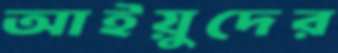
আইয়ুদের